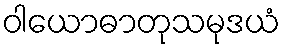
ဝါယောဓာတုသမုဒယံ